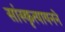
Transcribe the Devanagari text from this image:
सांस्कृत्यायनने